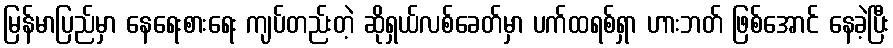
မြန်မာပြည်မှာ နေရေးစားရေး ကျပ်တည်းတဲ့ ဆိုရှယ်လစ်ခေတ်မှာ ပက်ထရစ်ရှာ ဟားဘတ် ဖြစ်အောင် နေခဲ့ပြီး